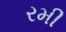
રમી